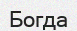
Богда